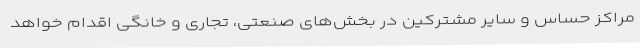
مراکز حساس و سایر مشترکین در بخش‌های صنعتی، تجاری و خانگی اقدام خواهد